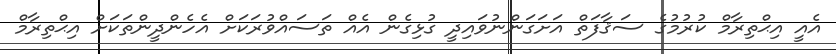
އެއީ އިޙްތިރާމް ކުރުމުގެ ސަޤާފަތް އަށަގަންނުވައިދީ ގުޅިގެން އެއް ތަސައްވުރަކަށް އެހެންދީންތަކަށް އިޙްތިރާމް